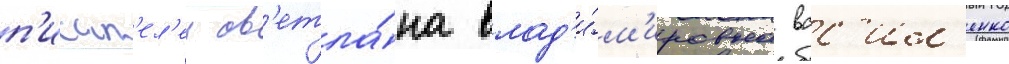
п'исат'ел'еи св'етла́на влад'и́м'ировна вас'ил'енко